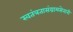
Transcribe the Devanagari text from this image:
स्वतंत्रतासंग्रामसेनानी